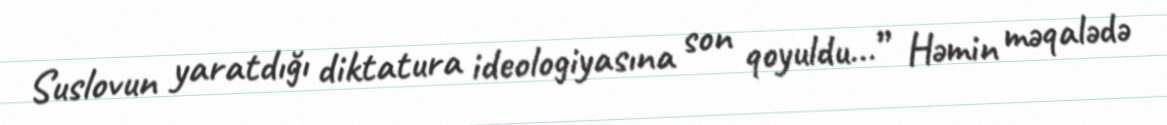
Suslovun yaratdığı diktatura ideologiyasına son qoyuldu...” Həmin məqalədə